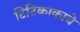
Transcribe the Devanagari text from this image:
टिटिकाकाचे